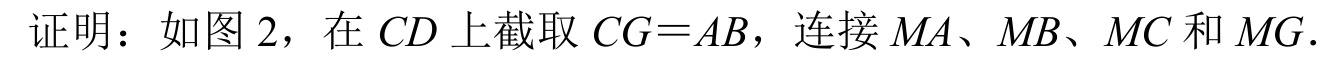
证明：如图 2，在 \(CD\) 上截取 \(CG = AB\)，连接 \(MA\)、\(MB\)、\(MC\) 和 \(MG\)．